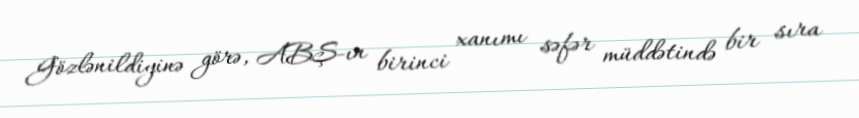
Gözlənildiyinə görə, ABŞ-ın birinci xanımı səfər müddətində bir sıra